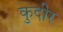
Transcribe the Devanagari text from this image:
कुदीर